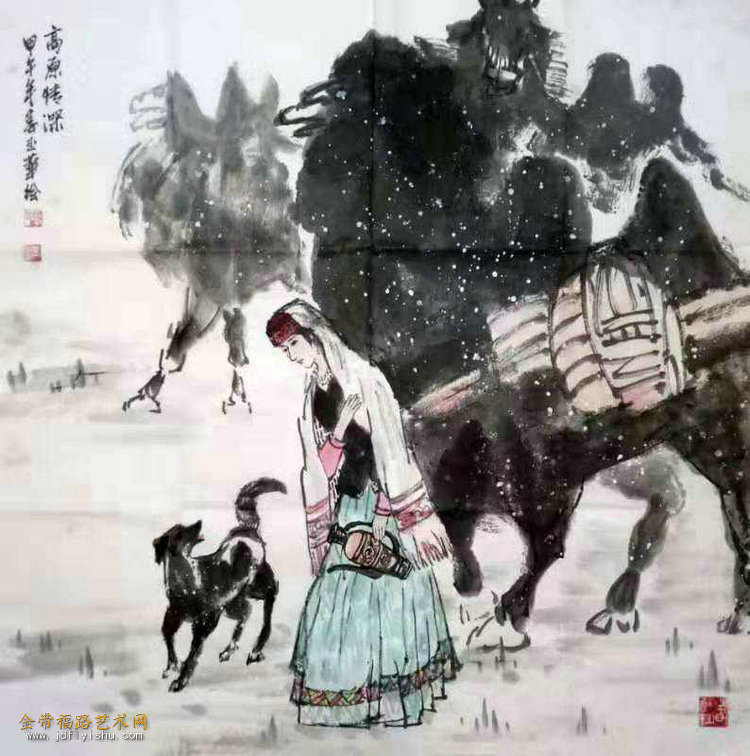
酒后竞风采，三杯弄宝刀。